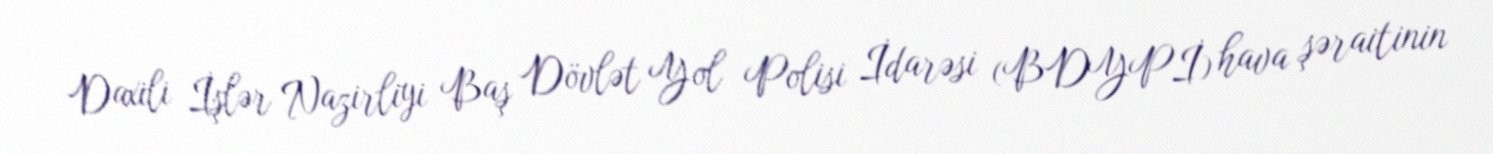
Daxili İşlər Nazirliyi Baş Dövlət Yol Polisi İdarəsi (BDYPİ) hava şəraitinin